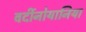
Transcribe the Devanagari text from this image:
वर्दीनोयानिया